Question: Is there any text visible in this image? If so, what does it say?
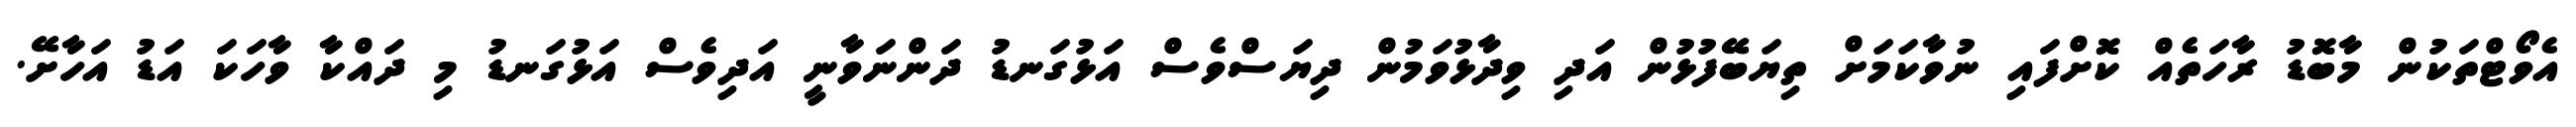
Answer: އެވޯޓްތަކުން މާބޮޑު ރާހަތެއް ކޮށްފައި ނުވާކަމަށް ތިޔަބޭފުޅުން އަދި ވިދާޅުވަމުން ދިޔަސްވެސް އަޅުގަނޑު ދަންނަވާނީ އަދިވެސް އަޅުގަނޑު މި ދައްކާ ވާހަކަ އަޑު އަހާށޭ.